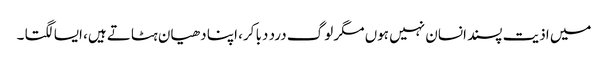
میں اذیت پسند انسان نہیں ہوں مگر لوگ درد دبا کر، اپنا دھیان ہٹاتے ہیں، ایسا لگتا ۔